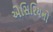
એસિરિયનો